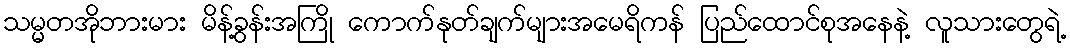
သမ္မတအိုဘားမား မိန့်ခွန်းအကြို ကောက်နုတ်ချက်များအမေရိကန် ပြည်ထောင်စုအနေနဲ့ လူသားတွေရဲ့